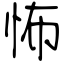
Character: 怖